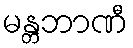
မန္တဘာဏီ